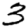
Digit: 3